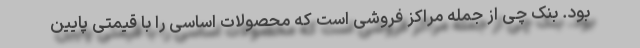
بود. بنک چی از جمله مراکز فروشی است که محصولات اساسی را با قیمتی پایین